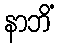
နာဘိံ